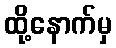
ထို့နောက်မှ